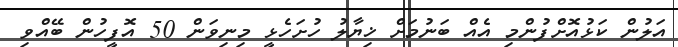
އަލުން ކަޅުއޮށްފުންމި އެއް ބަނުމަށް ޚިޔާލު ހުށަހެޅީ މިނިވަން 50 އޮފީހުން ބޭއްވި